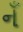
નઁ